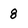
Character: 8